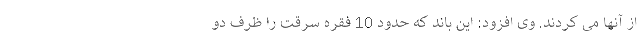
از آنها می کردند. وی افزود: این باند که حدود 10 فقره سرقت را ظرف دو